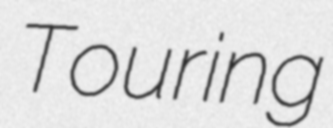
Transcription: Touring